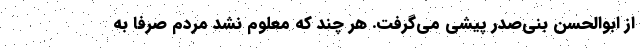
از ابوالحسن بنی‌صدر پیشی می‌گرفت. هر چند که معلوم نشد مردم صرفاً به